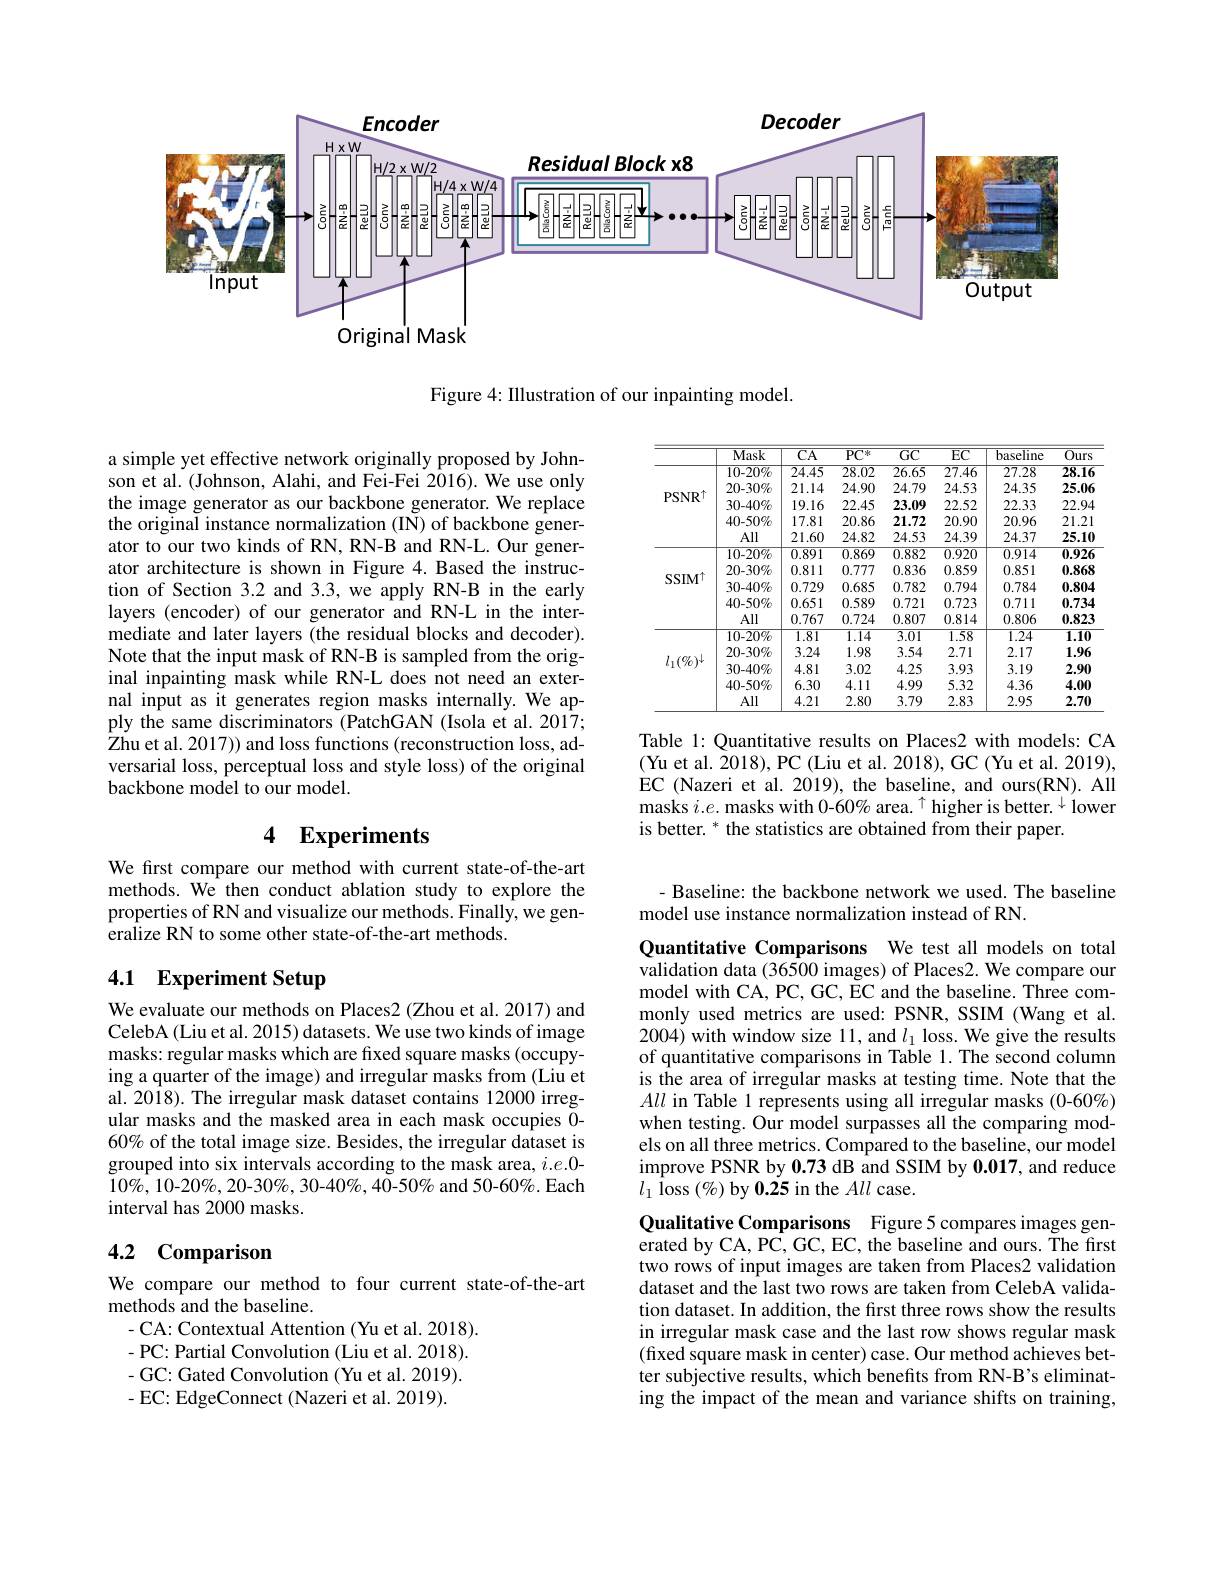
<FigureHere>

Figure 4: Illustration of our inpainting model.

<table>
	<tbody>
		<tr>
			<th> </th>
			<th>Mask</th>
			<th>$\overline{\mathrm{CA}}$</th>
			<th>$\overline{\mathrm{PC}^{*}}$</th>
			<th>$\overline{\mathrm{GC}}$</th>
			<th>$EC$</th>
			<th>$\overline{\text{baseline}}$</th>
			<th>$\overline{Ours}$</th>
		</tr>
		<tr>
			<td rowspan="5">$\mathrm{PSNR}^{\dagger}$</td>
			<td>$10-20\%$</td>
			<td>$\overline{24.45}$</td>
			<td>$\overline{28.02}$</td>
			<td>$\overline{26.65}$</td>
			<td>$\overline{27.46}$</td>
			<td>$\overline{27.28}$</td>
			<td>$\overline{28.16}$</td>
		</tr>
		<tr>
			<td>$20-30\%$</td>
			<td>21.14</td>
			<td>24.90</td>
			<td>24.79</td>
			<td>24.53</td>
			<td>24.35</td>
			<td>25.06</td>
		</tr>
		<tr>
			<td>$30-40\%$</td>
			<td>19.16</td>
			<td>22.45</td>
			<td>23.09</td>
			<td>22.52</td>
			<td>22.33</td>
			<td>22.94</td>
		</tr>
		<tr>
			<td>$40-50\%$</td>
			<td>17.81</td>
			<td>20.86</td>
			<td>21.72</td>
			<td>20.90</td>
			<td>20.96</td>
			<td>21.21</td>
		</tr>
		<tr>
			<td>All</td>
			<td>21.60</td>
			<td>24.82</td>
			<td>24.53</td>
			<td>24.39</td>
			<td>24.37</td>
			<td>25.10</td>
		</tr>
		<tr>
			<td rowspan="5">SSIM$^{\dagger}$</td>
			<td>$10-20\%$</td>
			<td>$\overline{0.891}$</td>
			<td>0.869</td>
			<td>$\overline{0.882}$</td>
			<td>0.920</td>
			<td>0.914</td>
			<td>$\overline{0.926}$</td>
		</tr>
		<tr>
			<td>$20-30\%$</td>
			<td>0.811</td>
			<td>0.777</td>
			<td>0.836</td>
			<td>0.859</td>
			<td>0.851</td>
			<td>0.868</td>
		</tr>
		<tr>
			<td>$30-40\%$</td>
			<td>0.729</td>
			<td>0.685</td>
			<td>0.782</td>
			<td>0.794</td>
			<td>0.784</td>
			<td>0.804</td>
		</tr>
		<tr>
			<td>$40-50\%$</td>
			<td>0.651</td>
			<td>0.589</td>
			<td>0.721</td>
			<td>0.723</td>
			<td>0.711</td>
			<td>0.734</td>
		</tr>
		<tr>
			<td>All</td>
			<td>0.767</td>
			<td>0.724</td>
			<td>0.807</td>
			<td>0.814</td>
			<td>0.806</td>
			<td>0.823</td>
		</tr>
		<tr>
			<td rowspan="5">$l_1(\%)^\downarrow$</td>
			<td>$10-20\%$</td>
			<td>1.81</td>
			<td>1.14</td>
			<td>3.01</td>
			<td>1.58</td>
			<td>$\overline{1.24}$</td>
			<td>1.10</td>
		</tr>
		<tr>
			<td>$20-30\%$</td>
			<td>3.24</td>
			<td>1.98</td>
			<td>3.54</td>
			<td>2.71</td>
			<td>2.17</td>
			<td>1.96</td>
		</tr>
		<tr>
			<td>$30-40\%$</td>
			<td>4.81</td>
			<td>3.02</td>
			<td>4.25</td>
			<td>3.93</td>
			<td>3.19</td>
			<td>2.90</td>
		</tr>
		<tr>
			<td>$40-50\%$</td>
			<td>6.30</td>
			<td>4.11</td>
			<td>4.99</td>
			<td>5.32</td>
			<td>4.36</td>
			<td>4.00</td>
		</tr>
		<tr>
			<td>All</td>
			<td>4.21</td>
			<td>2.80</td>
			<td>3.79</td>
			<td>2.83</td>
			<td>2.95</td>
			<td>2.70</td>
		</tr>
	</tbody>
</table>

a simple yet effective network originally proposed by Johnson et al. (Johnson, Alahi, and Fei-Fei 2016). We use only the image generator as our backbone generator. We replace the original instance normalization (IN) of backbone generator to our two kinds of RN, RN-B and RN-L. Our generator architecture is shown in Figure 4.Based the instruction of Section 3.2 and 3.3, we apply RN-B in the early layers (encoder) of our generator and RN-L in the intermediate and later layers (the residual blocks and decoder). Note that the input mask of RN-B is sampled from the original inpainting mask while RN-L does not need an external input as it generates region masks internally. We apply the same discriminators (PatchGAN (Isola et al. 2017; Zhu et al. 2017)) and loss functions (reconstruction loss, adversarial loss, perceptual loss and style loss) of the original backbone model to our model.

Table 1: Quantitative results on Places2 with models: CA (Yu et al. 2018), PC (Liu et al. 2018), GC (Yu et al. 2019), EC (Nazeri et al. 2019), the baseline, and ours(RN). All masks $i.e.$ masks with 0-60% area. $^{\uparrow}$ higher is better.$^{\downarrow}$ lower is better. * the statistics are obtained from their paper.

# 4 Experiments

We first compare our method with current state-of-the-art methods. We then conduct ablation study to explore the properties of RN and visualize our methods. Finally, we generalize RN to some other state-of-the-art methods.

- Baseline: the backbone network we used. The baseline
model use instance normalization instead of RN.

Quantitative Comparisons We test all models on total validation data (36500 images) of Places2. We compare our

# 4.1 Experiment Setup

model with CA, PC, GC, EC and the baseline. Three commonly used metrics are used: PSNR, SSIM (Wang et al. 2004) with window size 11, and $l_1$ loss. We give the results of quantitative comparisons in Table 1. The second column is the area of irregular masks at testing time. Note that the All in Table 1 represents using all irregular masks(0-60%) when testing. Our model surpasses all the comparing models on all three metrics. Compared to the baseline, our model improve PSNR by 0.73 dB and SSIM by 0.017, and reduce $l_{1}$ Îoss $(\%)$ by 0.25 in the All case.

We evaluate our methods on Places2 (Zhou et al. 2017) and CelebA (Liu et al. 2015) datasets. We use two kinds of image masks: regular masks which are fixed square masks (occupying a quarter of the image) and irregular masks from (Liu et al. 2018). The irregular mask dataset contains 12000 irregular masks and the masked area in each mask occupies 0- 60% of the total image size. Besides, the irregular dataset is grouped into six intervals according to the mask area, $i.e.0$- $10\%,10-20\%,20-30\%,30-40\%,40-50\%$ and 50-60%. Each interval has 2000 masks.

## 4.2 Comparison

Qualitative Comparisons Figure 5 compares images generated by CA, PC, GC, EC, the baseline and ours. The first two rows of input images are taken from Places2 validation dataset and the last two rows are taken from CelebA validation dataset. In addition, the first three rows show the results in irregular mask case and the last row shows regular mask (fixed square mask in center) case. Our method achieves better subjective results, which benefits from RN-B's eliminating the impact of the mean and variance shifts on training,

We compare our method to four current state-of-the-art
methods and the baseline.
- CA: Contextual Attention (Yu et al. 2018). - PC: Partial Convolution (Liu et al. 2018). - GC: Gated Convolution ( Yu et al. 2019). -EC: EdgeConnect (Nazeri et al. 2019).